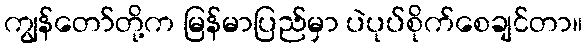
ကျွန်တော်တို့က မြန်မာပြည်မှာ ပဲပုပ်စိုက်စေချင်တာ။